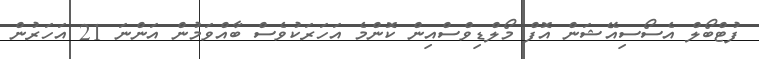
ފުޓްބޯލް އެސޯސިއޭޝަން އޮފް މޯލްޑިވްސްއިން ކޮންމެ އަހަރަކުވެސް ބާއްވަމުން އަންނަ 21 އަހަރުން